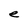
Character: e